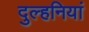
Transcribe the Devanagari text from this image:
दुल्हनियां